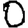
Digit: 0